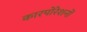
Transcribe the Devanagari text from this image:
कारपोरेशनों